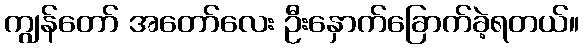
ကျွန်တော် အတော်လေး ဦးနှောက်ခြောက်ခဲ့ရတယ်။